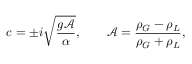
c = \pm i { \sqrt { \frac { g { \mathcal { A } } } { \alpha } } } , \qquad { \mathcal { A } } = { \frac { \rho _ { G } - \rho _ { L } } { \rho _ { G } + \rho _ { L } } } ,